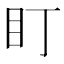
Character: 盯